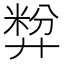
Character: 𪪷